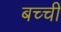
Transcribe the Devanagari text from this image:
बच्‍ची